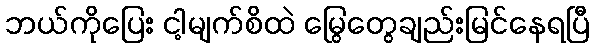
ဘယ်ကိုပြေး ငါ့မျက်စိထဲ မြွေတွေချည်းမြင်နေရပြီ